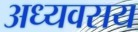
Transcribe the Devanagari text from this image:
अध्यवसय